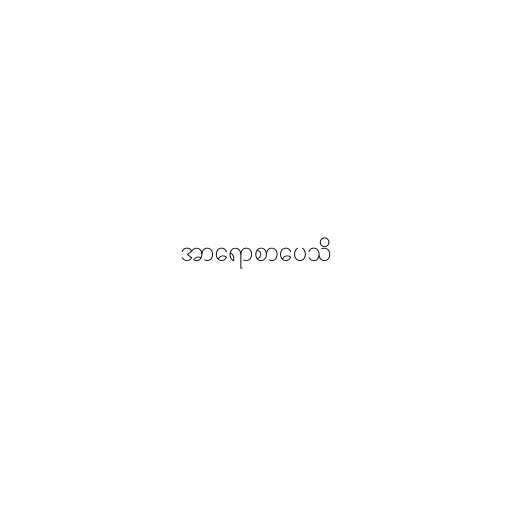
အာရောစာပေသိ